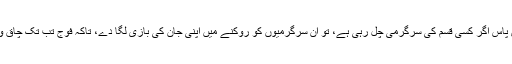
اس ڈویژن کی ذمہ داری تھی کہ وہ ہمارے سرحدی حصے کے آس پاس اگر کسی قسم کی سرگرمی چل رہی ہے، تو ان سرگرمیوں کو روکنے میں اپنی جان کی بازی لگا دے، تاکہ فوج تب تک چاق و چوبند ہو کر، اگر اسے آرڈر ملتا ہے تو اپنے ٹاسک کو پورا کرے۔